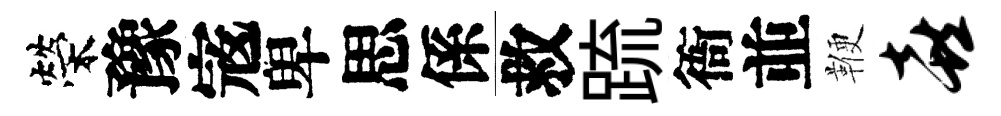
榮豫𡨥卑思係救䟽衙並鞭喜